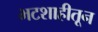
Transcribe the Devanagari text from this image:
भटशाहीतून